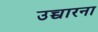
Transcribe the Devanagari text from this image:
उच्चारना